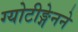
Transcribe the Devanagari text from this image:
ग्योटीङ्गेनने